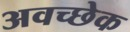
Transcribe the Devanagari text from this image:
अवच्छेक